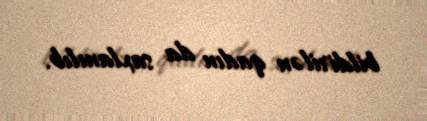
bildirilən qadın da saxlanılıb.